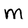
Character: m